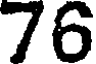
76